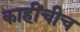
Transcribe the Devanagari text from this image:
काहींचीच